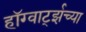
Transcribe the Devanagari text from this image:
हॉग्वार्ट्झच्या